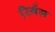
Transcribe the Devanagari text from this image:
रिमेंज़